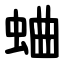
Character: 蛐